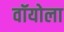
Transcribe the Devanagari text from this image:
वॉयोला